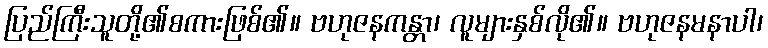
ပြည်ကြီးသူတို့၏စကားဖြစ်၏။ ဗဟုဇနကန္တာ၊ လူများနှစ်လို၏။ ဗဟုဇနမနာပါ၊